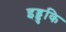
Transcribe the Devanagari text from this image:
इड्डुकि